Vaccination in Bombay 1869-1873 - 1869-1873
Year: 1869
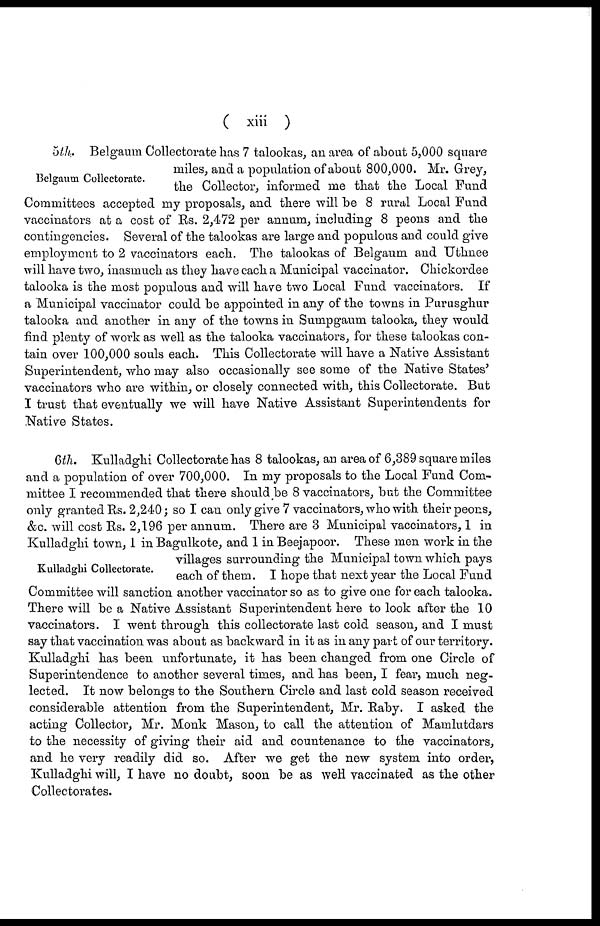
( xiii )
Belgaum Collectorate.
5th. Belgaum Collectorate has 7 talookas, an area of about 5,000 square
miles, and a population of about 800,000. Mr. Grey,
the Collector, informed me that the Local Fund
Committees accepted my proposals, and there will be 8 rural Local Fund
vaccinators at a cost of Rs. 2,472 per annum, including 8 peons and the
contingencies. Several of the talookas are large and populous and could give
employment to 2 vaccinators each. The talookas of Belgaum and Uthnee
will have two, inasmuch as they have each a Municipal vaccinator. Chickordee
talooka is the most populous and will have two Local Fund vaccinators. If
a Municipal vaccinator could be appointed in any of the towns in Purusghur
talooka and another in any of the towns in Sumpgaum talooka, they would
find plenty of work as well as the talooka vaccinators, for these talookas con-
tain over 100,000 souls each. This Collectorate will have a Native Assistant
Superintendent, who may also occasionally see some of the Native States'
vaccinators who are within, or closely connected with, this Collectorate. But
I trust that eventually we will have Native Assistant Superintendents for
Native States.
Kulladghi Collectorate.
6th. Kulladghi Collectorate has 8 talookas, an area of 6,389 square miles
and a population of over 700,000. In my proposals to the Local Fund Com-
mittee I recommended that there should be 8 vaccinators, but the Committee
only granted Rs. 2,240; so I can only give 7 vaccinators, who with their peons,
&c. will cost Rs. 2,196 per annum. There are 3 Municipal vaccinators, 1 in
Kulladghi town, 1 in Bagulkote, and 1 in Beejapoor. These men work in the
villages surrounding the Municipal town which pays
each of them. I hope that next year the Local Fund
Committee will sanction another vaccinator so as to give one for each talooka.
There will be a Native Assistant Superintendent here to look after the 10
vaccinators. I went through this collectorate last cold season, and I must
say that vaccination was about as backward in it as in any part of our territory.
Kulladghi has been unfortunate, it has been changed from one Circle of
Superintendence to another several times, and has been, I fear, much neg-
lected. It now belongs to the Southern Circle and last cold season received
considerable attention from the Superintendent, Mr. Raby. I asked the
acting Collector, Mr. Monk Mason, to call the attention of Mamlutdars
to the necessity of giving their aid and countenance to the vaccinators,
and he very readily did so. After we get the new system into order,
Kulladghi will, I have no doubt, soon be as weH vaccinated as the other
Collectorates.